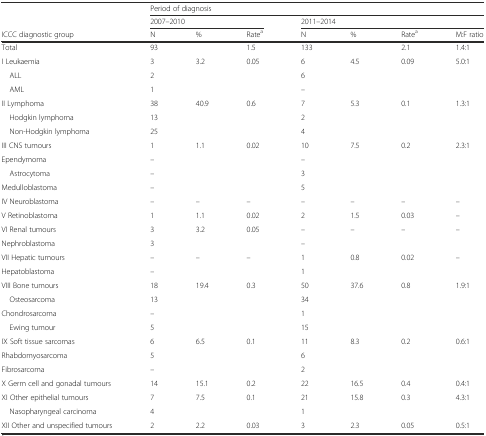
<table><thead><tr><td></td><td colspan="7"><b>Period of diagnosis</b></td></tr><tr><td></td><td colspan="3"><b>2007–2010</b></td><td colspan="4"><b>2011–2014</b></td></tr><tr><td><b>ICCC diagnostic group</b></td><td><b>N</b></td><td><b>%</b></td><td><b>Rate<sup>a</sup></b></td><td><b>N</b></td><td><b>%</b></td><td><b>Rate<sup>a</sup></b></td><td><b>M:F ratio</b></td></tr></thead><tbody><tr><td>Total</td><td>93</td><td></td><td>1.5</td><td>133</td><td></td><td>2.1</td><td>1.4:1</td></tr><tr><td>I Leukaemia</td><td>3</td><td>3.2</td><td>0.05</td><td>6</td><td>4.5</td><td>0.09</td><td>5.0:1</td></tr><tr><td> ALL</td><td>2</td><td></td><td></td><td>6</td><td></td><td></td><td></td></tr><tr><td> AML</td><td>1</td><td></td><td></td><td>–</td><td></td><td></td><td></td></tr><tr><td>II Lymphoma</td><td>38</td><td>40.9</td><td>0.6</td><td>7</td><td>5.3</td><td>0.1</td><td>1.3:1</td></tr><tr><td> Hodgkin lymphoma</td><td>13</td><td></td><td></td><td>2</td><td></td><td></td><td></td></tr><tr><td> Non-Hodgkin lymphoma</td><td>25</td><td></td><td></td><td>4</td><td></td><td></td><td></td></tr><tr><td>III CNS tumours</td><td>1</td><td>1.1</td><td>0.02</td><td>10</td><td>7.5</td><td>0.2</td><td>2.3:1</td></tr><tr><td>Ependymoma</td><td>–</td><td></td><td></td><td>–</td><td></td><td></td><td></td></tr><tr><td> Astrocytoma</td><td>–</td><td></td><td></td><td>3</td><td></td><td></td><td></td></tr><tr><td>Medulloblastoma</td><td>–</td><td></td><td></td><td>5</td><td></td><td></td><td></td></tr><tr><td>IV Neuroblastoma</td><td>–</td><td>–</td><td>–</td><td>–</td><td>–</td><td>–</td><td>–</td></tr><tr><td>V Retinoblastoma</td><td>1</td><td>1.1</td><td>0.02</td><td>2</td><td>1.5</td><td>0.03</td><td>–</td></tr><tr><td>VI Renal tumours</td><td>3</td><td>3.2</td><td>0.05</td><td>–</td><td>–</td><td>–</td><td>–</td></tr><tr><td>Nephroblastoma</td><td>3</td><td></td><td></td><td>–</td><td></td><td></td><td></td></tr><tr><td>VII Hepatic tumours</td><td>–</td><td>–</td><td>–</td><td>1</td><td>0.8</td><td>0.02</td><td>–</td></tr><tr><td>Hepatoblastoma</td><td>–</td><td></td><td></td><td>1</td><td></td><td></td><td></td></tr><tr><td>VIII Bone tumours</td><td>18</td><td>19.4</td><td>0.3</td><td>50</td><td>37.6</td><td>0.8</td><td>1.9:1</td></tr><tr><td> Osteosarcoma</td><td>13</td><td></td><td></td><td>34</td><td></td><td></td><td></td></tr><tr><td>Chondrosarcoma</td><td>–</td><td></td><td></td><td>1</td><td></td><td></td><td></td></tr><tr><td> Ewing tumour</td><td>5</td><td></td><td></td><td>15</td><td></td><td></td><td></td></tr><tr><td>IX Soft tissue sarcomas</td><td>6</td><td>6.5</td><td>0.1</td><td>11</td><td>8.3</td><td>0.2</td><td>0.6:1</td></tr><tr><td>Rhabdomyosarcoma</td><td>5</td><td></td><td></td><td>6</td><td></td><td></td><td></td></tr><tr><td>Fibrosarcoma</td><td>–</td><td></td><td></td><td>2</td><td></td><td></td><td></td></tr><tr><td>X Germ cell and gonadal tumours</td><td>14</td><td>15.1</td><td>0.2</td><td>22</td><td>16.5</td><td>0.4</td><td>0.4:1</td></tr><tr><td>XI Other epithelial tumours</td><td>7</td><td>7.5</td><td>0.1</td><td>21</td><td>15.8</td><td>0.3</td><td>4.3:1</td></tr><tr><td> Nasopharyngeal carcinoma</td><td>4</td><td></td><td></td><td>1</td><td></td><td></td><td></td></tr><tr><td>XII Other and unspecified tumours</td><td>2</td><td>2.2</td><td>0.03</td><td>3</td><td>2.3</td><td>0.05</td><td>0.5:1</td></tr></tbody></table>